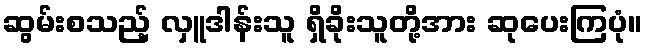
ဆွမ်းစသည့် လှူဒါန်းသူ ရှိခိုးသူတို့အား ဆုပေးကြပုံ။